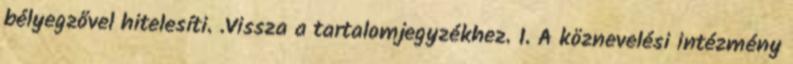
bélyegzővel hitelesíti. .Vissza a tartalomjegyzékhez. 1. A köznevelési intézmény